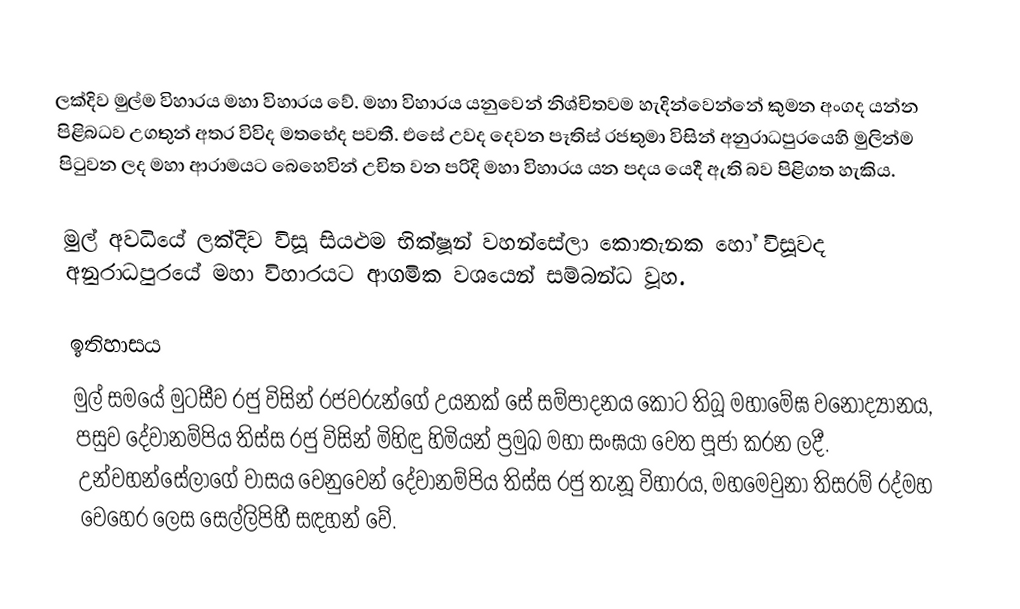
ලක්දිව මුල්ම විහාරය මහා විහාරය වේ. මහා විහාරය යනුවෙන් නිශ්චිතවම හැදින්වෙන්නේ කුමන අංගද යන්න පිළිබධව උගතුන් අතර විවිද මතභේද පවතී. එසේ උවද දෙවන පෑතිස් රජතුමා විසින් අනුරාධපුරයෙහි මුලින්ම පිටුවන ලද මහා ආරාමයට බෙහෙවින් උචිත වන පරිදි මහා විහාරය යන පදය යෙදී ඇති බව පිළිගත හැකිය.

මුල් අවධියේ ලක්දිව විසූ සියළුම භික්ෂූන් වහන්සේලා කොතැනක හෝ විසූවද අනුරාධපුරයේ මහා විහාරයට ආගමික වශයෙන් සම්බන්ධ වූහ.

ඉතිහාසය
මුල් සමයේ මුටසීව රජු විසින් රජවරුන්ගේ උයනක් සේ සම්පාදනය කොට තිබූ මහාමේඝ වනෝද්‍යානය, පසුව දේවානම්පිය තිස්ස රජු විසින් මිහිඳු හිමියන් ප්‍රමුඛ මහා සංඝයා වෙත පූජා කරන ලදී. උන්වහන්සේලාගේ වාසය වෙනුවෙන් දේවානම්පිය තිස්ස රජු තැනූ විහාරය, මහමෙවුනා තිසරම් රද්මහ වෙහෙර ලෙස සෙල්ලිපිහී සඳහන් වේ.